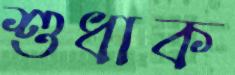
শুধাক